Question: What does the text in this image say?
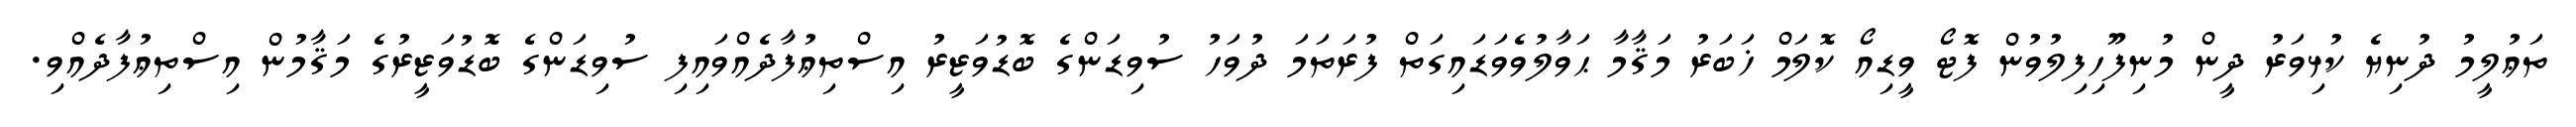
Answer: ތަޢުލީމު ދުނިޔެ ކުޅިވަރު ދީން މުނިފޫހިފިލުވުން ފޮޓޯ ވީޑިއޯ ކޮލަމް ޚަބަރު މަޤާމާ ޙަވާލުވެވަޑައިގަތް ފުރަތަމަ ދުވަހު ސުވިޑަންގެ ބޮޑުވަޒީރު އިސްތިޢުފާދެއްވައިފި ސުވިޑަންގެ ބޮޑުވަޒީރުގެ މަޤާމުން އިސްތިޢުފާދެއްވި.